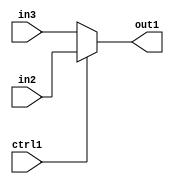
`timescale 1ps / 1ps
/*****************************************************************************
    Verilog RTL Description
    
    Generated at: 11:30:14 EST (-0500), Wednesday 18 November 2020
    Generated on: zhang-x1.ece.cornell.edu
    Generated by: jl3952 (Jie Liu)
    
    Created by: Stratus DpOpt 2017.1.02 
    Copyright (c) 2014-2015 Cadence Design Systems. All rights reserved worldwide.
    
    Cadence Design Systems proprietary and confidential
    ===================================================
    
    May contain information that incorporates Cadence Design Systems CellMath
    and other inventions claimed in Pending U.S. Patents.
    
    May contain Cadence Design Systems Trade Secrets of which use, disclosure or
    reproduction is contractually restricted or prohibited.  For more
    information, contact your legal department before any use, disclosure or
    reproduction.
*******************************************************************************/

module dut_N_Muxb_1_2_0_4 (
	in3,
	in2,
	ctrl1,
	out1
	); /* architecture "behavioural" */ 
input  in3,
	in2,
	ctrl1;
output  out1;
wire  asc001;

reg [0:0] asc001_tmp_0;
assign asc001 = asc001_tmp_0;
always @ (ctrl1 or in2 or in3) begin
	case (ctrl1)
		1'B1 : asc001_tmp_0 = in2 ;
		default : asc001_tmp_0 = in3 ;
	endcase
end

assign out1 = asc001;
endmodule

/* CADENCE  uLLzSQ0= : u9/ySgnYtBlWxVDRUQkU4ug= ** DO NOT EDIT THIS LINE ******/